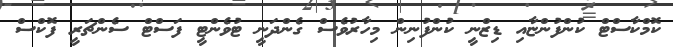
ކޮމްކާސްޓް ކުންފުންޏާއި ޑިޒްނީ ކުންފުނިން މިހާރުވެސް ގެންދަނީ ޓުވެންޓީ ފަސްޓް ސެންޗަރީ ފޮކްސް